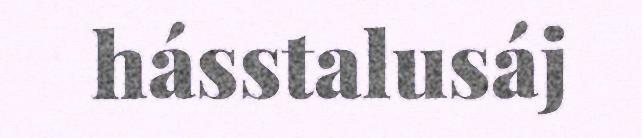
hásstalusáj